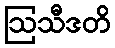
ဩသီဒတိ